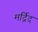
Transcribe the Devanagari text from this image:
मर्द्रिद